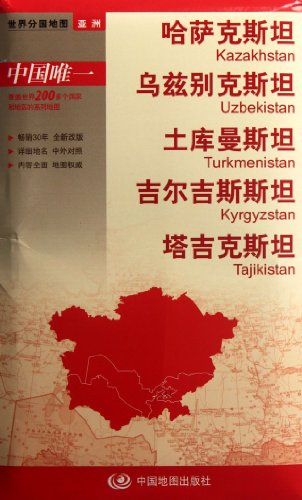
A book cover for World sub-national map Asia: Uzbekistan. Kazakhstan. Turkmenistan Kyrgyzstan Tajikistan (boxed folding version)(Chinese Edition); ZHOU MIN; Travel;